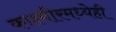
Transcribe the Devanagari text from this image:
काश्मीरमध्येही